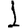
Digit: 1